Lunatic asylums in Bengal annual reports 1888-1898 - 1888-1898
Year: 1888
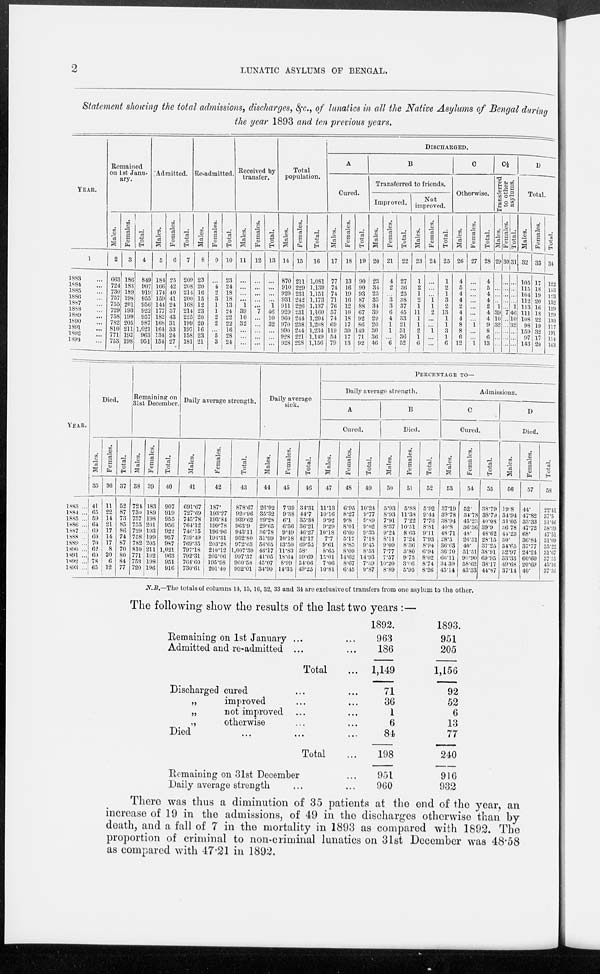
2
LUNATIC ASYLUMS OF BENGAL.
Statement showing the total admissions, discharges, &c., of lunatics in all the Native Asylums of Bengal during
the year 1893 and ten previous years.
YEAR.
1
1883 ...
1884 ...
1885 ...
1886 ...
1887 ...
1888 ...
1889 ...
1890 ...
1891 ...
1892 ...
1893 ...
Remained
on 1st Janu-
ary.
Males.
2
663
724
730
757
755
729
758
782
810
771
753
Females.
3
186
183
189
198
201
193
199
205
211
192
198
Total.
4
849
907
919
955
956
922
957
987
1,021
963
951
Admitted.
Males.
5
184
166
174
159
144
177
182
168
164
134
154
Females.
6
25
42
40
41
24
37
43
31
33
24
27
Total.
7
209
208
214
200
168
214
225
199
197
158
181
Re-admitted.
Males.
8
23
20
16
15
12
23
20
20
16
23
21
Females.
9
...
4
2
3
1
1
2
2
...
5
3
Total.
10
23
24
18
18
13
24
22
22
10
28
24
Received by
transfer.
Males.
11
...
...
...
...
1
39
10
32
...
...
...
Females.
12
...
...
...
...
...
7
...
...
...
...
...
Total.
13
...
...
...
...
1
46
10
32
10
...
...
Total
population.
Males.
14
870
910
920
931
911
929
960
970
990
928
928
Females.
15
211
229
231
242
220
231
244
238
244
221
228
Total.
16
1,081
1,139
1,151
1,173
1,137
1,160
1,204
1,208
1,234
1,149
1,156
DISCHARGED.
A
Cured.
Males.
17
77
74
74
71
76
57
74
69
119
54
79
Females.
18
13
16
19
16
12
10
18
17
30
17
13
Total.
19
90
90
93
87
88
67
92
86
149
71
92
B
Transferred to friends.
Improved.
Males.
20
23
34
25
35
34
39
29
20
30
36
46
Females.
21
4
2
...
3
3
6
4
1
1
...
...
Total.
22
27
36
25
38
37
45
33
21
31
36
52
Not
improved.
Males.
23
1
2
1
2
1
11
1
1
2
1
6
Females.
24
...
...
...
1 1
2
...
...
1
...
...
Total.
25
1
2
1
3
2
13
1
1
3
1
6
C
Otherwise.
Males.
26
4
5
4
4
2
4
4
8
8
6
12
Females.
27
...
...
...
...
...
...
...
1
...
...
1
Total.
28
4
5
4
4
2
4
4
9
8
6
13
C½
Transferred
to other
asylums.
Males.
29
...
...
...
...
1
39
10
32
...
...
...
Females.
30
...
...
...
...
...
7
...
...
...
...
...
Total.
31
...
...
...
...
1
46
10
32
...
...
...
D
Total.
Males.
32
105
115
104
112
113
111
108
98
159
97
143
Females.
33
17
18
19
20
16
18
22
19
32
17
20
Total.
34
122
133
123
132
129
129
130
117
191
114
163
YEAR.
1883 ...
1884 ...
1885 ...
1886 ...
1887 ...
1888 ...
1889 ...
1890 ...
1891 ...
1892 ...
1893 ...
Died.
Males.
35
41
65
59
64
69
60
70
62
60
78
65
Females.
36
11
22
14
21
17
14
17
8
20
6
12
Total.
37
52
87
73
85
86
74
87
70
80
84
77
Remaining on
31st December.
M ales.
38
724
730
757
755
729
758
782
810
771
753
720
Females.
39
183
189
198
201
193
199
205
211
192
198
196
Total.
40
907
919
955
956
922
957
987
1,021
963
951
916
Daily average strength.
Males.
41
691.67
727.69
745.78
764.12
746.15
739.49
769.35
797.18
792.31
764.60
730.61
Females.
42
187.
193.27
193.84
199.78
196.96
195.31
203.28
210.12
205.06
195.98
201.40
Total.
43
878.67
920.96
939.62
963.9
943.11
932.80
972.63
1,007.30
997.37
960.58
932.01
Daily average
sick.
Males.
44
26.92
35.32
29.28
20.65
36.78
31.99
50.05
46.17
41.05
45.07
34.90
Females.
45
7.39
9.38
6.1
6.56
9.49
10.18
13.50
11.83
18.64
8.99
14.35
Total.
46
34.31
44.7
35.38
36.21
46.27
42.17
69.55
58.
59.69
54.06
49.25
PERCENTAGE TO—
Daily average strength.
A
Cured.
Males.
47
11.13
10.16
9.92
9.29
10.18
7.7
9.61
8.65
15.01
7.06
10.81
Females.
48
6.95
8.27
9.8
8.01
6.09
5.17
8.85
8.09
14.62
8.67
6.45
Total.
49
10.24
9.77
9.89
9.02
9.33
7.18
9.45
8.53
14.93
7.39
9.87
B
Died.
Males.
50
5.93
8.93
7.91
8.37
9.24
8.11
9.09
7.77
7.57
10.20
8.89
Females.
51
5.88
11.38
7.22
10.51
8.63
7.24
8.36
3.80
9.75
3.66
5.95
Total.
52
5.92
9.44
7.76
8.81
9.11
7.93
8.94
6.94
8.02
8.74
8.26
Admissions.
C
Cured.
Males.
53
37.19
39.78
38.94
40.8
48.71
28.5
36.63
36.70
66.11
34.39
45.14
Females.
54
52.
34.78
45.23
36.36
48.
26.31
40.
51.51
90.90
58.62
43.33
Total.
55
38.79
38.79
40.08
39.9
48.62
28.15
37.25
38.91
69.95
38.17
44.87
D
Died.
Males.
56
19.8
34.94
31.05
36.78
44.23
30.
34.65
32.97
33.33
49.68
37.14
Females.
57
44.
47.82
33.33
47.72
68. 36.84
37.77
24.24
60.60
20.69
40.
Total.
58
22.41
37.5
31.46
38.99
47.51
31.09
35.22
31.67
37.55
45.16
37.56
N.B.—The totals of columns 14, 15, 16, 32, 33 and 34 are exclusive of transfers from one asylum to the other.
The following show the results of the last two years :—
Remaining on 1st January ... ...
Admitted and re-admitted ... ...
Total ...
Discharged cured ... ...
„
improved ... ...
„
not improved ... ...
„
otherwise ... ...
Died ... ... ...
Total ...
Remaining on 31st December ...
Daily average strength ... ...
1892.
963
186
1,149
71
36
1
6
84
198
951
960
1893.
951
205
1,156
92
52
6
13
77
240
916
932
There was thus a diminution of 35 patients at the end of the year, an
increase of 19 in the admissions, of 49 in the discharges otherwise than by
death, and a fall of 7 in the mortality in 1893 as compared with 1892. The
proportion of criminal to non-criminal lunatics on 31st December was 48.58
as compared with 47.21 in 1892.